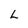
Character: L